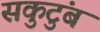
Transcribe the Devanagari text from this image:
सकुटुंब